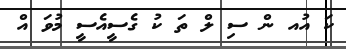
ކަ އުއ ން ސި ލް ތަ ކު ގެސީއެސީ މުވަ އް